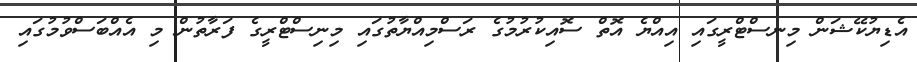
އެޑިޔުކޭޝަން މިނސްޓްރީގައި އިއްޔެ އޮތް ސޮއިކުރުމުގެ ރަސްމިއްޔާތުގައި މިނިސްޓްރީގެ ފަރާތުން މި އެއްބަސްވުމުގައި